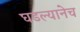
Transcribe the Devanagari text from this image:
घडल्यानेच